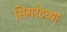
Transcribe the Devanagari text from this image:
सिगरेटच्या